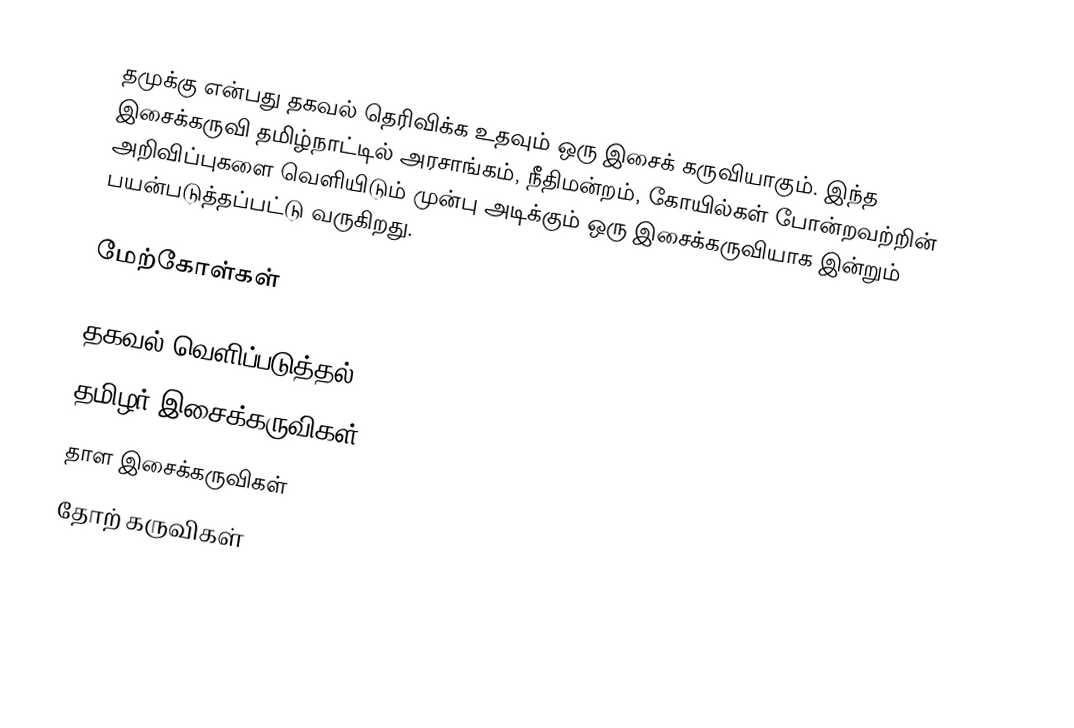
தமுக்கு என்பது தகவல் தெரிவிக்க உதவும் ஒரு இசைக் கருவியாகும். இந்த இசைக்கருவி தமிழ்நாட்டில் அரசாங்கம், நீதிமன்றம், கோயில்கள் போன்றவற்றின் அறிவிப்புகளை வெளியிடும் முன்பு அடிக்கும் ஒரு இசைக்கருவியாக இன்றும் பயன்படுத்தப்பட்டு வருகிறது.

மேற்கோள்கள்

தகவல் வெளிப்படுத்தல்
தமிழர் இசைக்கருவிகள்
தாள இசைக்கருவிகள்
தோற் கருவிகள்